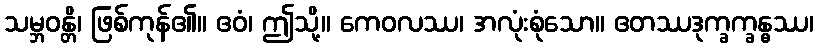
သမ္ဘဝန္တိ၊ ဖြစ်ကုန်၏။ ဧဝံ၊ ဤသို့။ ကေဝလဿ၊ အလုံးစုံသော။ ဧတဿဒုက္ခက္ခန္ဓဿ၊